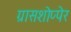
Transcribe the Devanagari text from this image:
ग्रासशोप्पेर